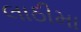
લાઠીમા